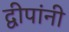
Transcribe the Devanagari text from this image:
द्वीपांनी